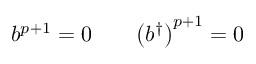
b ^ { p + 1 } = 0 \qquad \bigl ( b ^ { \dagger } \bigr ) ^ { p + 1 } = 0